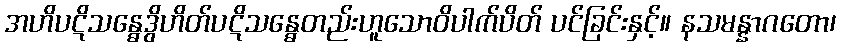
အဟိပဋိသန္ဓေဒွိဟိတ်ပဋိသန္ဓေတည်းဟူသောဝိပါက်ပိတ် ပင်ခြင်းနှင့်။ နသမန္နာဂတော၊